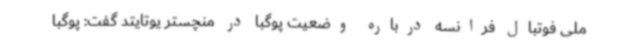
ملی فوتبال فرانسه درباره وضعیت پوگبا در منچستر یوتایتد گفت: پوگبا